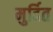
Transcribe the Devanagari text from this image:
मुर्दित